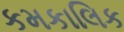
કમકાલિક